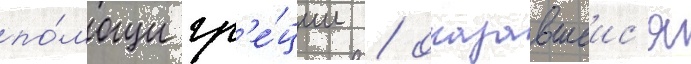
по́мощи гр'е́ции / оказавшеис'я